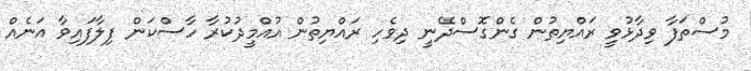
މުސްތަފާ ވިދާޅުވީ ރައްޔިތުން ގެންގޮސްދޭނީ ދިވެހި ރައްޔިތުން އުއްމީދުކުރާ ހާސްކަން ފިލާފައިވާ އަނެއް